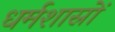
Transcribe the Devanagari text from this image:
धर्मशास्रों